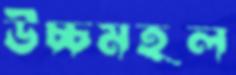
উচ্চমহল